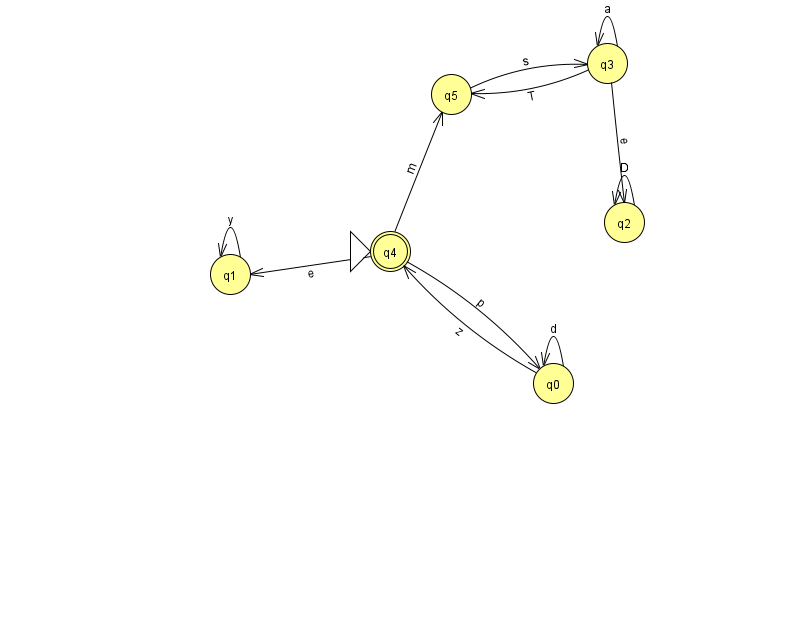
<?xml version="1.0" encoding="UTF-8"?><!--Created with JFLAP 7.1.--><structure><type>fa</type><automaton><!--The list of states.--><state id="0" name="q0"><x>553.0</x><y>370.0</y></state><state id="1" name="q1"><x>230.0</x><y>261.0</y></state><state id="2" name="q2"><x>624.0</x><y>209.0</y></state><state id="3" name="q3"><x>607.0</x><y>50.0</y></state><state id="4" name="q4"><x>390.0</x><y>238.0</y><initial/><final/></state><state id="5" name="q5"><x>451.0</x><y>81.0</y></state><!--The list of transitions.--><transition><from>3</from><to>3</to><read>a</read></transition><transition><from>0</from><to>0</to><read>d</read></transition><transition><from>0</from><to>4</to><read>z</read></transition><transition><from>2</from><to>2</to><read>D</read></transition><transition><from>4</from><to>5</to><read>m</read></transition><transition><from>3</from><to>2</to><read>e</read></transition><transition><from>3</from><to>5</to><read>T</read></transition><transition><from>1</from><to>1</to><read>y</read></transition><transition><from>4</from><to>1</to><read>e</read></transition><transition><from>4</from><to>0</to><read>p</read></transition><transition><from>5</from><to>3</to><read>s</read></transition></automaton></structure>